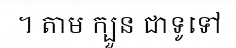
។ តាម ក្បួន ជាទូទៅ